Annual report of the Civil Veterinary Department, Bengal, for the year 1898-99 - 1898-1899
Year: 1898
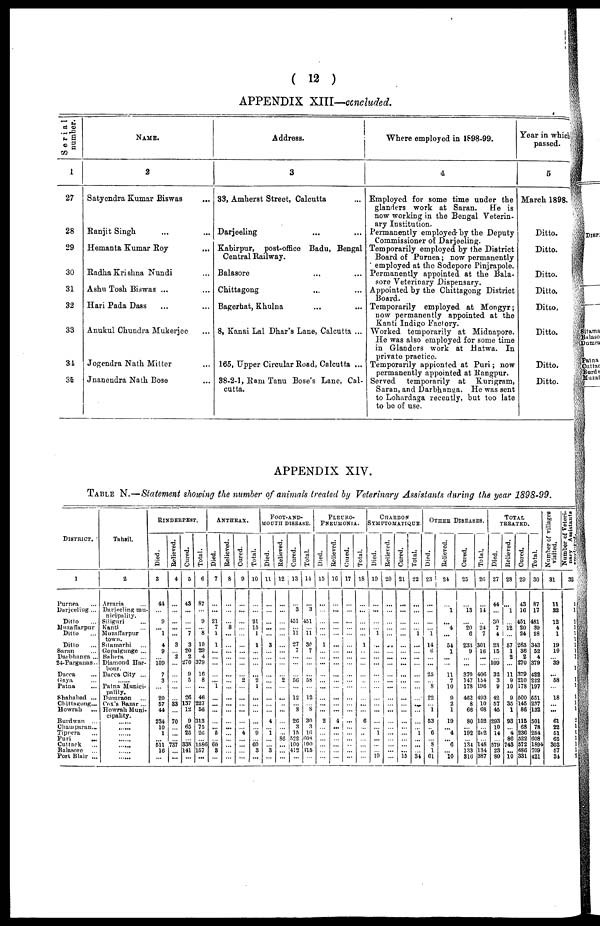
( 12 )
APPENDIX XIII—concluded.
Serial
number.
1
27
28
29
30
31
32
33
31
36
NAME.
2
Satyendra Kumar Biswas ...
Ranjit Singh ... ...
Hemanta Kumar Roy ...
Radha Krishna Nundi ...
Ashu Tosh Biswas ... ...
Hari Pada Dass ... ...
Anukul Chuudra Mukerjee ...
Jogendra Nath Mitter ...
Jnaneudra Nath Bose ...
Address.
3
33, Amherst Street, Calcutta ...
Darjoeling ... ...
Kabirpur, post-office Badu, Bengal
Central Railway.
Balasore ... ...
Chittagong ... ...
Bagerhat, Khalna ... ...
8, Kanai Lal Dhar's Lane, Calcutta ...
165, Upper Circular Road, Calcutta ...
38-2-1, Ram Tanu Bose's Lane, Cal-
cutta.
Where employed in 1898-99.
4
Employed for some time under the
glansders work at Saran.
He is
now working in the Bengal Veterin-
ary Institution.
Permanently employed by the Deputy
Commissioner of Darjeeling.
Temporarily employed by the District
Board of Purnea; now permanently
employed at the Sodepore Pinjrapole.
Permanently appointed at the Bala-
sore Veterinary Dispensary.
Appointed by the Chittagong District
Temporarily employed at Mongyr;
now permanently appointed at the
Kanti Indigo Factory.
Worked temporarily at Midnapore.
He was also employed for some time
in Glanders work at Hatwa. In
private practice.
Temporarily appionted at Puri; now
permanently appointed at Rangpur.
Served temporarily at Kurigram,
Saran, and Darbhanga. He was sent
to Lohardaga recently, but too late
to be of use.
Year in which
passed.
5
March 1898.
Ditto.
Ditto.
Ditto.
Ditto.
Ditto.
Ditto.
Ditto.
Ditto.
APPENDIX XIV.
TABLE N.—Statement showing the number of animals treated by Veterinary Assistants during the year 1898-99.
DISTRICT.
1
Purnea ...
Durjeeling ...
Ditto
Muzaffarpur
Ditto
Ditto
Saran ...
Datbhanga ...
24-Parganas..
Dacca ...
Gava ...
Patna ...
Shahabad ...
Chittagong ...
Howrah...
Burdwan
Champaran ...
Tippera ...
Puri
...
Cuttack ...
Balasoro ...
Port Blair ...
Tahsil.
2
Arraria ...
Darjeeling
mu
nieipality.
Siliguri ...
Kanti ...
Muzaffurpur
town.
Stamarhi ...
Gopalgunge ...
Bahern ...
Diamond Har-
Ducca City ...
Patna Munici-
pality.
Dumraon ...
Cox's Bazar ...
Howrah Muni-
cipality.
RlNDERPEST.
Died.
3
44
...
... 9
... 1
...
4
9
...
109
7
3
...
20
57
44
234
10
1
...
511
16
...
Relieved.
4
...
...
...
...
...
...
... 3
...
2
...
...
...
...
...
33
...
70
...
...
...
737
...
...
Cured.
5
43
...
...
...
...
7
...
3
20
2
270
9
5
...
26
137
12
9
65
25
...
338
141
...
Total.
6
87
...
... 9
... 8
...
10
29
4
379
10
8
46
227
66
313
75
26
1586
157
...
ANTHRAX.
Died.
7
...
...
21
7
1
1
...
...
...
...
... 1
...
...
...
...
... 5
... 60
3
...
Relieved.
6
...
...
... 8
...
... ...
...
...
...
...
...
...
...
...
...
...
...
...
...
...
...
Cured.
9
...
...
...
...
...
... ...
...
...
...
...
2
...
...
...
...
...
... 4
...
...
...
...
Total.
10
...
...
... 21
15
1
... 1
...
...
...
...
2
1
...
...
...
...
... 9
... 60
3
...
FOOT-AND-
MOUTH DISEASE.
Died.
11
...
...
... ...
...
...
... 3
...
...
...
...
...
...
...
...
...
4
... 1
...
... 3
...
Relieved.
12
...
...
... ...
...
...
... ...
...
...
...
...
2
...
...
...
...
...
...
86
...
...
...
Cured.
13
...
3
...
431
... 11
...
27
7
...
...
...
56
...
12
... 8
26
3
15
522
100
.412
...
Total.
14
...
3
...
451
...
11
...
30
7
...
...
...
58
...
12
...
8
30
3
16
608
100
115
...
PLEURO-
PNEUMONIA.
Died.
15
...
...
...
...
...
...
... 1
...
... ...
...
...
...
...
...
...
2
...
... ...
...
...
...
Relieved.
16
...
...
... ...
...
...
... ...
...
...
...
...
...
...
...
...
...
4
...
... ...
...
...
...
Cured.
17
...
...
... ...
...
...
...
...
...
... ...
...
...
...
...
...
...
...
...
...
...
... ...
...
...
Total.
18
...
...
... ...
...
...
... 1
...
...
...
...
... ...
...
...
...
6
...
...
... ...
...
...
CHARDON
SYMPTOMATIQUE.
Died.
19
...
...
... ...
1
...
.....
...
...
...
...
...
...
...
...
...
...
... 1
...
...
... 19
Relieved.
20
...
...
... ...
...
...
... ...
...
...
...
...
...
...
...
...
...
...
...
...
...
...
...
...
Cured.
21
...
...
... ...
...
...
... ...
...
...
...
...
...
...
...
...
...
...
...
...
...
...
... 15
Total.
22
...
...
... ...
...
1
...
...
...
...
...
...
...
...
...
...
...
...
... 1
...
...
... 34
OTHER
DISEASE.
Died.
23
...
...
... ...
... 1
...
14
6
...
...
25
... 8
22
... 1
53
... 6
... 8
1
61
Relieved.
24
...
1
...
... 4
...
... 64
1
...
...
11
7
10
9
2
1
19
... 4
... 6
... 10
Cured.
-
25
...
13
...
... 20
6
...
233
9
...
...
370
147
178
462
8
66
80
... 192
... 134
133
316
Total.
26
...
14
...
... 24
7
...
301
16
...
...
406
154
196
493
10
68
152
... 202
... 148
134
387
TOTAL
TREATED.
Died.
27
44
...
... 30
7
4
...
23
15
... 109
32
3
9
42
57
45
293
10
14
... 579
23
80
Relieved.
28
...
1
...
... 12
...
... 57
1
2
...
11
9
10
9
35
1
93
... 4
86
743
...
10
Cured.
29
43
16
...
451
20
24
...
263
36
2
270
379
210
178
500
145
86
115
68
236
522
572
686
331
Total.
30
87
17
...
481
39
28
...
343
52
4
379
422
222
197
651
237
132
501
78
254
608
.1894
709
421
Number of villages
visited.
31
11
32
12
4
1
19
19
39
58
18
...
61
22
51
65
303
67
34
Number of veteri-
nary
Assistantas
32
1
1